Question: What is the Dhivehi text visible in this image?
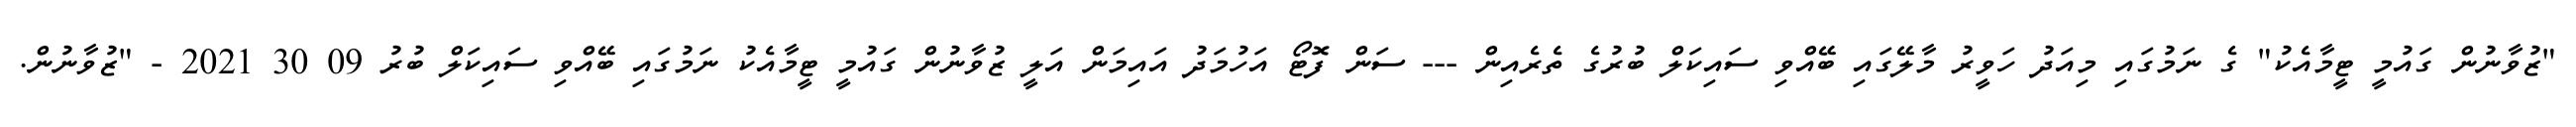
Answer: "ޒުވާނުން ގައުމީ ޓީމާއެކު" ގެ ނަމުގައި މިއަދު ހަވީރު މާލޭގައި ބޭއްވި ސައިކަލް ބުރުގެ ތެރެއިން --- ސަން ފޮޓޯ އަހުމަދު އައިމަން އަލީ ޒުވާނުން ގައުމީ ޓީމާއެކު ނަމުގައި ބޭއްވި ސައިކަލް ބުރު 09 30 2021 - "ޒުވާނުން.